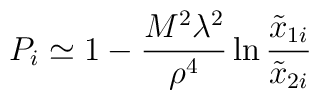
P_{ i} \simeq 1 - {M^2 \lambda^2 \over \rho^4} \ln  {\tilde x_{1i} \over  \tilde x_{2i}}